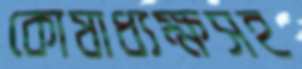
কোষাধ্যক্ষসহ